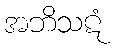
အဘိသဋံ